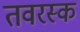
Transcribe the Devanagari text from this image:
तवरस्क